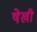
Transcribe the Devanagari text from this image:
षेखी